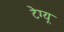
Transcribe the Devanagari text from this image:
टेग्यू